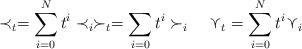
LaTeX: \begin{align*}\prec_t = \sum_{i = 0}^N t^i \prec_i \succ_t = \sum_{i = 0} t^i \succ_i ~~~ \curlyvee_t = \sum_{i=0}^N t^i \curlyvee_i\end{align*}